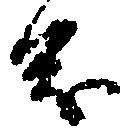
茂